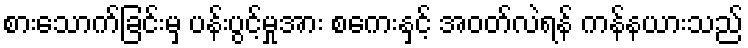
စားသောက်ခြင်းမှ ပန်းပွင့်မှုအား စကေးနှင့် အဝတ်လဲရန် ကန်နယားသည်